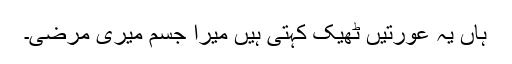
ہاں یہ عورتیں ٹھیک کہتی ہیں میرا جسم میری مرضی۔